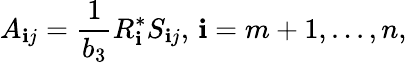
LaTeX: A_{\mathbf{i}j}={\frac{{1}}{{b_{3}}}}R_{\mathbf{i}}^{*}S_{\mathbf{i}j},\, \mathbf{i}=m+1,...,n,